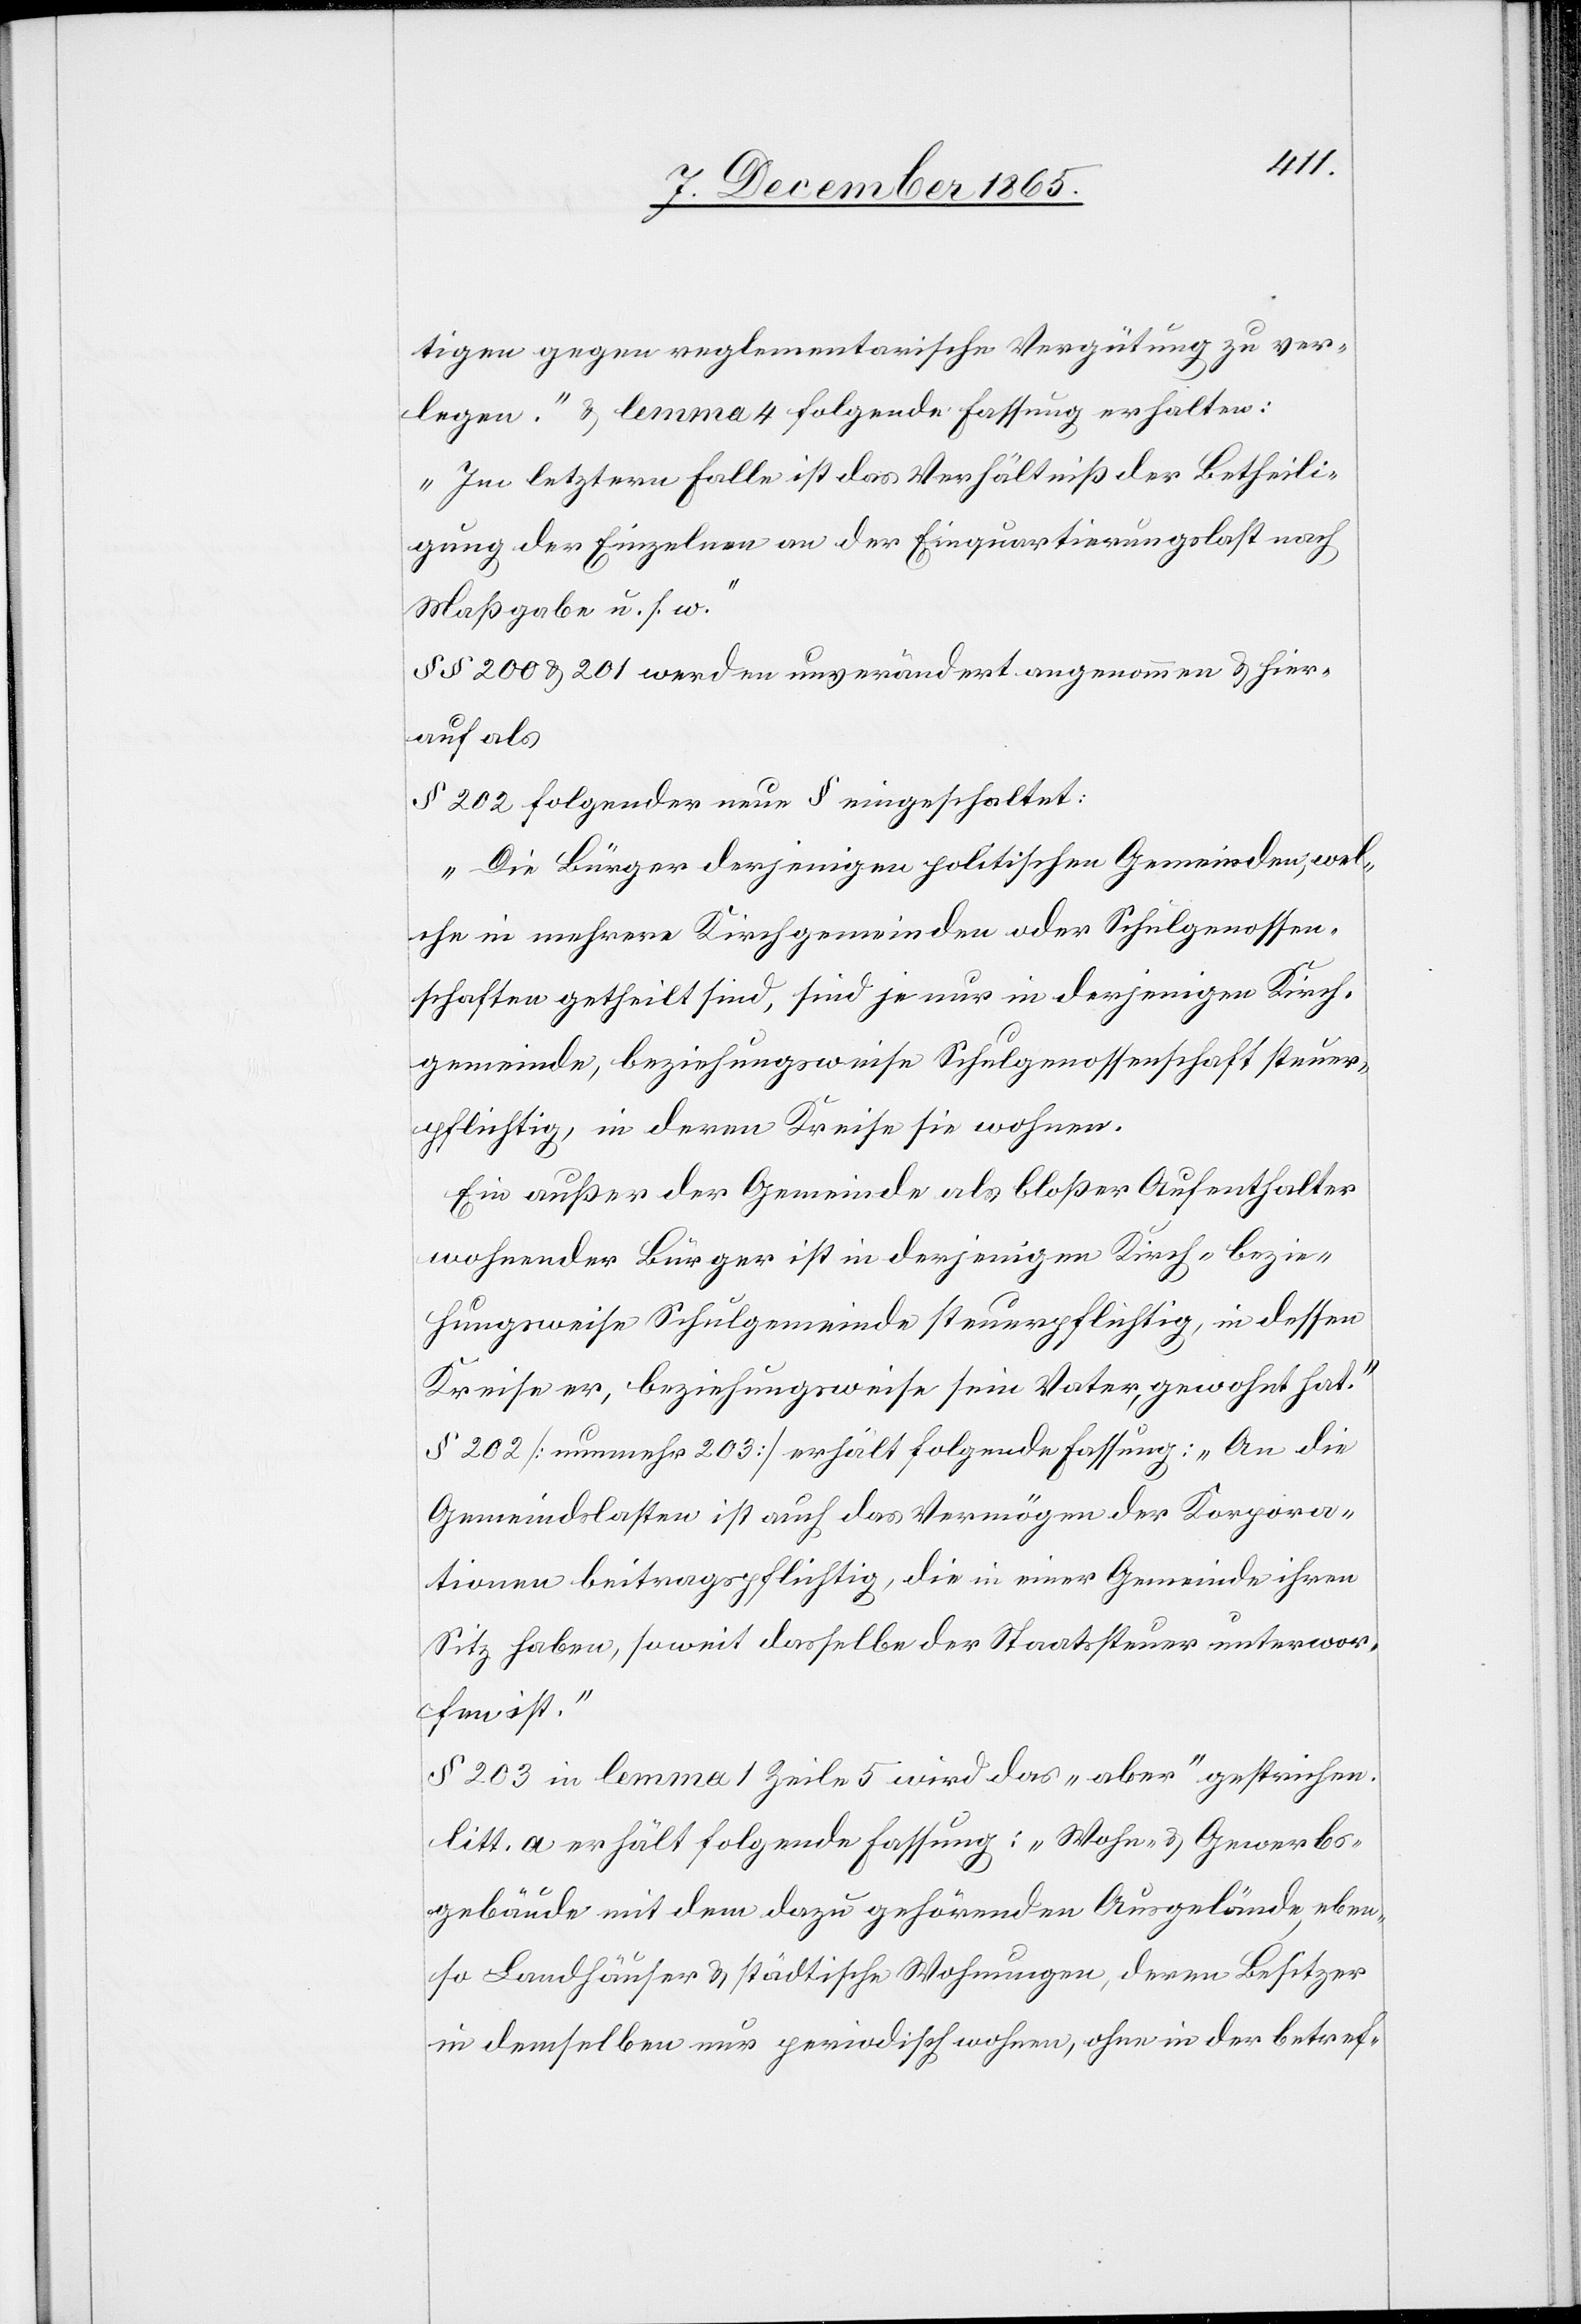
tigen gegen reglementarische Vergütung zu ver¬
legen.“ & lemma 4 folgende Fassung erhalte:
„In letzterm Falle ist das Verhältniß der Betheili¬
gung der Einzelnen an der Einquartirungslast nach
Maßgabe u. s. w.“
§§ 200 & 201 werden unverändert angenommen & hier¬
auf als
§ 202 folgender neue § eingeschaltet:
„Die Bürger derjenigen politischen Gemeinden, wel¬
che in mehrere Kirchgemeinden oder Schulgenossen¬
schaften getheilt sind, sind je nur in derjenigen Kirch¬
gemeinde, beziehungsweise Schulgenossenschaft steuer¬
pflichtig, in deren Kreise sie wohnen.
Ein außer der Gemeinde als bloßer Aufenthalter
wohnender Bürger ist in derjenigen Kirch- bezie¬
hungsweise Schulgemeinde steuerpflichtig, in dessen
Kreise er, beziehungsweise sein Vater, gewohnt hat.“
§ 202 [nunmehr 203] erhält folgende Fassung: „An die
Gemeindslasten ist auch das Vermögen der Korpora¬
tionen beitragspflichtig, die in einer Gemeinde ihren
Sitz haben, soweit dasselbe der Staatssteuer unterwor¬
fen ist.“
§ 203 in lemma 1 Zeile 5 wird das „aber“ gestrichen.
Litt. a erhält folgende Fassung: „Wohn- und Gewerbs¬
gebäude mit dem dazu gehörenden Ausgelände, eben¬
so Landhäuser & städtische Wohnungen, deren Besitzer
in demselben nur periodisch wohnen, ohne in der betref-